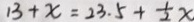
1 3 + x = 2 3 . 5 + \frac { 1 } { 2 } x